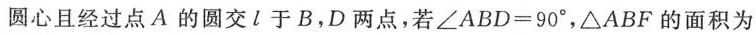
圆心且经过点A的圆交l于B.D两点，若$$∠ A B D = 9 0 °$$，△ABF的面积为